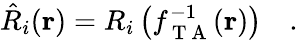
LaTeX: \hat{R}_{i}(\mathbf{r})=R_{i}\left(f_{\mathrm{~T~A~}}^{-1}(\mathbf{r})\right)\quad.